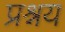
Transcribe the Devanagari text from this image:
प्रश्नय